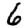
Digit: 6